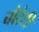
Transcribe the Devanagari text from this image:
बोटेटी